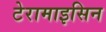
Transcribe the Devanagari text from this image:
टेरामाइसिन